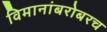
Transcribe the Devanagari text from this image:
विमानांबरोबरच